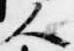
人